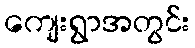
ကျေးရွာအတွင်း